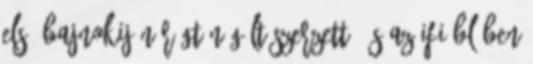
első bajnokiján rögtön gólt szerzett, és az ifi BL-ben